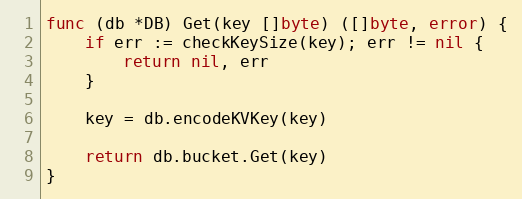
Language: Go
func (db *DB) Get(key []byte) ([]byte, error) {
	if err := checkKeySize(key); err != nil {
		return nil, err
	}

	key = db.encodeKVKey(key)

	return db.bucket.Get(key)
}